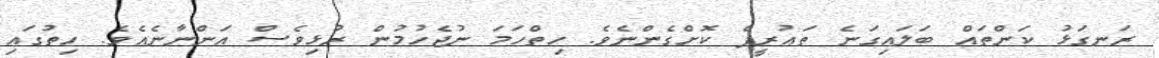
ރަނގަޅު ކަންތައް ބަލައިގަނެ ތަޢުރީފް ކޮށްގެންނެވެ. ހިތްހަމަ ނުޖެހުމުން ރުޅިވެސް އަންނާނެއެވެ. ހިތުގައި